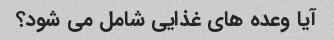
آیا وعده های غذایی شامل می شود؟